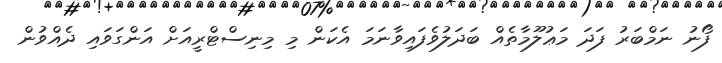
ފޯނު ނަމްބަރު ފަދަ މަޢުލޫމާތެއް ބަދަލުވެފައިވާނަމަ އެކަން މި މިނިސްޓްރީއަށް އަންގަވައި ދެއްވުން